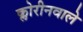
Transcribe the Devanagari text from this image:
क्लोरीनवाले